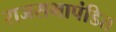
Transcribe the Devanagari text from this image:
राजसभापंडित